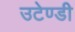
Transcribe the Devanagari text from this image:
उटेण्डी